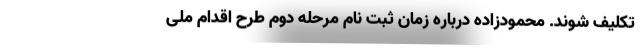
تکلیف شوند. محمودزاده درباره زمان ثبت نام مرحله دوم طرح اقدام ملی